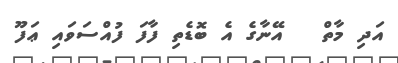
އަދި މާތް   އޭނާގެ އެ ބޮޑެތި ފާފަ ފުއްސަވައި ޢަފޫ